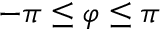
- \pi \le \varphi \le \pi